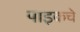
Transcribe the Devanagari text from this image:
पाइकचे